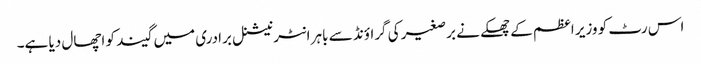
اس رٹ کو وزیر اعظم کے چھکے نے برصغیر کی گراؤنڈ سے باہر انٹرنیشنل برادری میں گیند کو اچھال دیا ہے۔